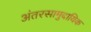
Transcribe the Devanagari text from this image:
अंतरसामुदायिक